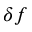
\delta f